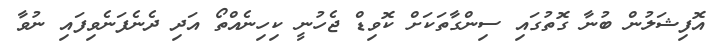
އޮފިޝަލުން ބުނާ ގޮތުގައި ސިންގާތަކަށް ކޮވިޑް ޖެހުނީ ކިހިނެއްތޯ އަދި ދެނެފަނެވިފައި ނުވާ